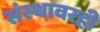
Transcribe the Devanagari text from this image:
संस्थावरही